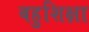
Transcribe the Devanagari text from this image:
बहुशिक्षा